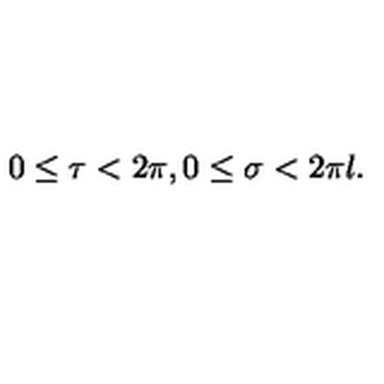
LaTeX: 0 \leq \tau < 2 \pi , 0 \leq \sigma < 2 \pi l .